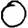
Digit: 0